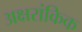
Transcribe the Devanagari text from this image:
अक्षरांकिक